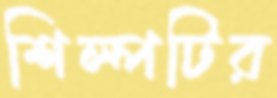
শিল্পটির